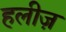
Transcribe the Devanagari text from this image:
हलीज़